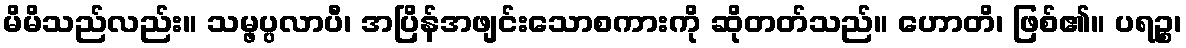
မိမိသည်လည်း။ သမ္ဖပ္ပလာပီ၊ အပြိန်အဖျင်းသောစကားကို ဆိုတတ်သည်။ ဟောတိ၊ ဖြစ်၏။ ပရဉ္စ၊